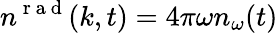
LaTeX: n^{\mathrm{~r~a~d~}}(k,t)=4\pi\omega n_{\omega}(t)